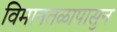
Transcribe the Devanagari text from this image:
विमानतळापासुन